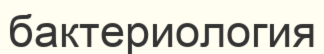
бактериология